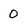
Character: O